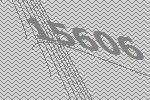
15606